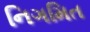
નિગમિત